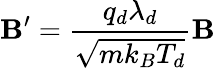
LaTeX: \mathbf{B}^{\prime}=\frac{q_{d}\lambda_{d}}{\sqrt{mk_{B}T_{d}}}\mathbf{B}